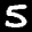
Label: 5